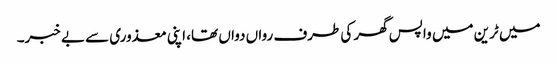
میں ٹرین میں واپس گھر کی طرف رواں دواں تھا، اپنی معذوری سے بے خبر۔